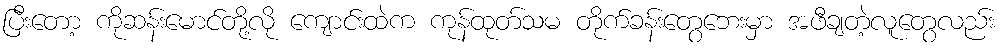
ပြီးတော့ ကိုဆန်းမောင်တို့လို ကျောင်းထဲက ကုန်ထုတ်သမ တိုက်ခန်းတွေဘေးမှာ အဖီချတဲ့လူတွေလည်း